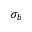
\sigma _ { b }